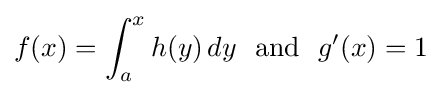
f(x)=\int _{a}^{x}h(y)\,dy~{\text{ and }}~g'(x)=1